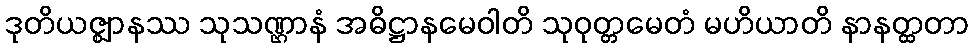
ဒုတိယဇ္ဈာနဿ သုသဏ္ဌာနံ အဓိဋ္ဌာနမေဝါတိ သုဝုတ္တမေတံ မဟိယာတိ နာနတ္ထတာ